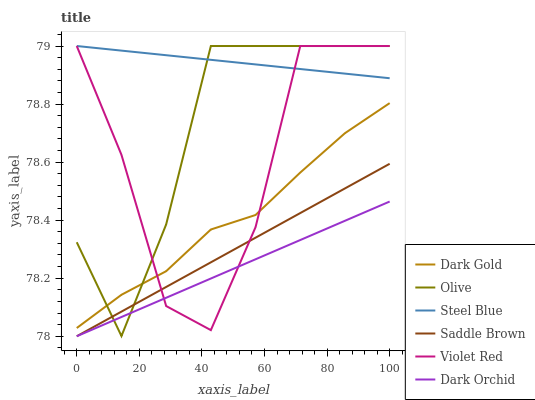
| xaxis_label | Dark Gold | Olive | Steel Blue | Saddle Brown | Violet Red | Dark Orchid |
 | --- | --- | --- | --- | --- | --- | --- |
 | 0 | 78 | 78.3 | 79 | 78 | 79 | 78 |
 | 14.3 | 78.1 | 78 | 79 | 78.1 | 78.6 | 78.1 |
 | 28.6 | 78.2 | 78.4 | 79 | 78.2 | 78.1 | 78.1 |
 | 42.9 | 78.4 | 79 | 79 | 78.3 | 78 | 78.2 |
 | 57.1 | 78.4 | 79 | 78.9 | 78.3 | 78.4 | 78.3 |
 | 71.4 | 78.6 | 79 | 78.9 | 78.4 | 79 | 78.3 |
 | 85.7 | 78.7 | 79 | 78.9 | 78.5 | 79 | 78.4 |
 | 100 | 78.8 | 79 | 78.9 | 78.6 | 79 | 78.5 |